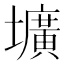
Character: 壙